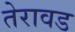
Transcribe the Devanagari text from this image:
तेरावड